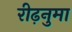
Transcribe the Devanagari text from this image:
रीढ़नुमा